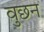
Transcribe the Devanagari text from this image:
वुछन